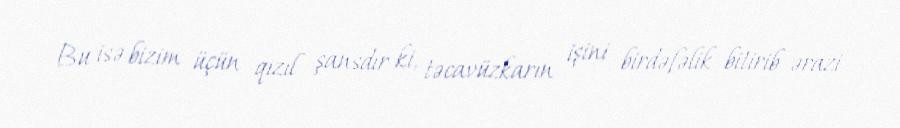
Bu isə bizim üçün qızıl şansdır ki, təcavüzkarın işini birdəfəlik bitirib ərazi